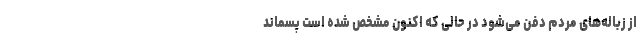
از زباله‌های مردم دفن می‌شود در حالی که اکنون مشخص شده است پسماند